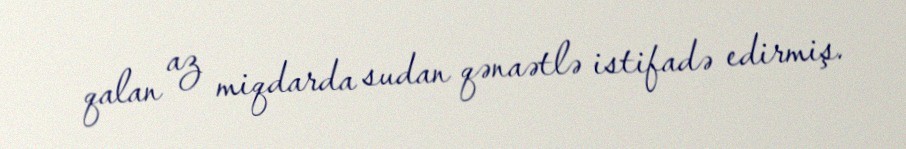
qalan az miqdarda sudan qənaətlə istifadə edirmiş.